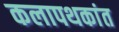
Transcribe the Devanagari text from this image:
कलापथकांत